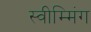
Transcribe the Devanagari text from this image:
स्वीम्मिंग